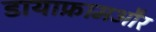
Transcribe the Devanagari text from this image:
डायाफ्रामऔर